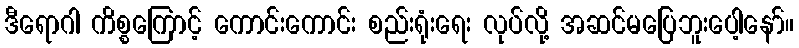
ဒီရောဂါ ကိစ္စကြောင့် ကောင်းကောင်း စည်းရုံးရေး လုပ်လို့ အဆင်မပြေဘူးပေါ့နော်။